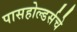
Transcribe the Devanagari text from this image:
पासहोल्डर्सचे